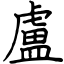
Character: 盧